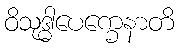
ဝိသုဒ္ဓါပေက္ခေနာတိ